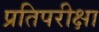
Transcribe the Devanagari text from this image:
प्रतिपरीक्षा